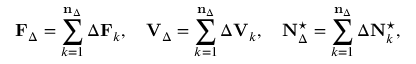
\mathbf { F } _ { \Delta } = \sum _ { k = 1 } ^ { \mathbf { n } _ { \Delta } } \Delta \mathbf { F } _ { k } , \quad \mathbf { V } _ { \Delta } = \sum _ { k = 1 } ^ { \mathbf { n } _ { \Delta } } \Delta \mathbf { V } _ { k } , \quad \mathbf { N } _ { \Delta } ^ { \star } = \sum _ { k = 1 } ^ { \mathbf { n } _ { \Delta } } \Delta \mathbf { N } _ { k } ^ { \star } ,